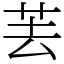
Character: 䒧